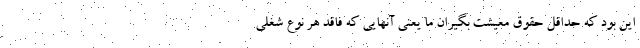
این بود که حداقل حقوق معیشت بگیران ما یعنی آنهایی که فاقد هر نوع شغلی